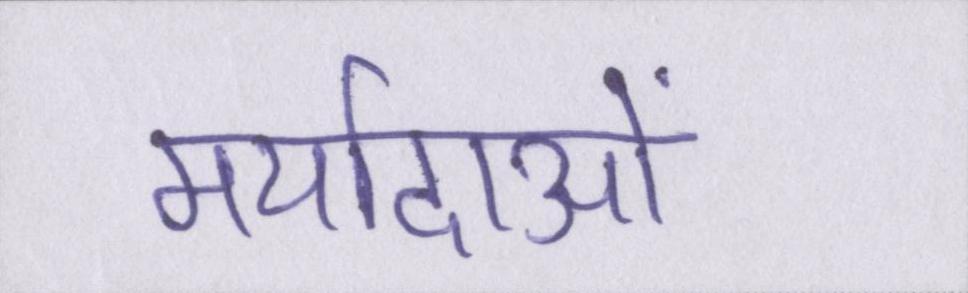
मर्यादाओं